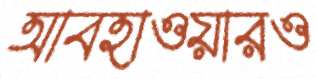
আবহাওয়ারও